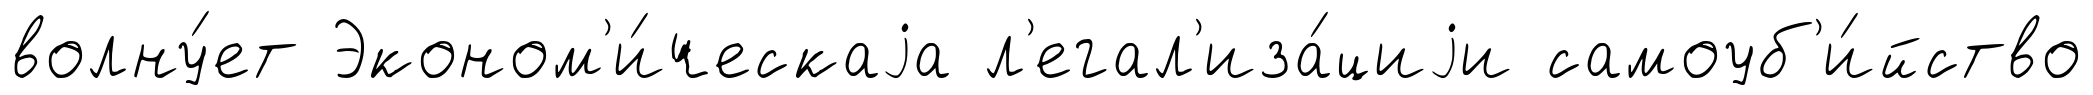
волну́ет Эконом'и́ческаjа л'егал'иза́циjи самоуб'и́йство